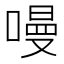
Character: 𠼦